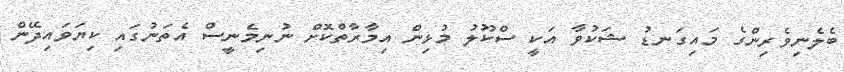
ބެލެނިވެރިންގެ މައިގަނޑު ޝަކުވާ އަކީ ސްކޫލު މުޅިން އިމާރާތްކޮށް ނުނިމެނީސް އެތަނުގައި ކިޔަވައިދޭން